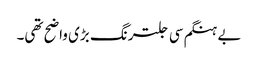
بے ہنگم سی جلترنگ بڑی واضح تھی۔